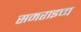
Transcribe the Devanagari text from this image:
समराइच्च